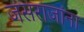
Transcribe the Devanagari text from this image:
जसराजांना